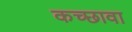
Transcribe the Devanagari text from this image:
कच्छावा